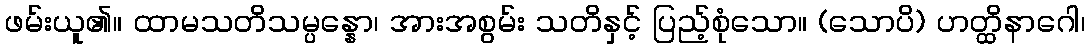
ဖမ်းယူ၏။ ထာမသတိသမ္ပန္နော၊ အားအစွမ်း သတိနှင့် ပြည့်စုံသော။ (သောပိ) ဟတ္ထိနာဂေါ၊